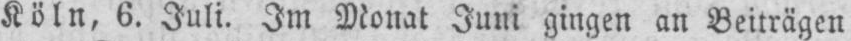
Köln, 6. Juli, Im Monat Juni gingen an Beiträgen